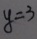
y = 3